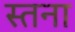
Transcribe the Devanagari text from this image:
स्तना